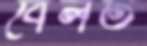
বেলত